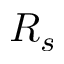
R _ { s }